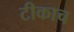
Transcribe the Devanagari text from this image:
टीकाच